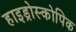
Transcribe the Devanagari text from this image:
हाइड्रोस्कोपिक